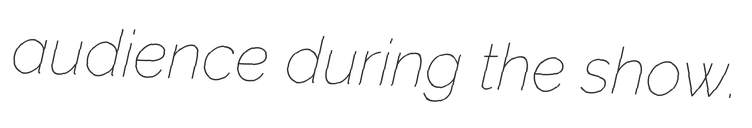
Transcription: audience during the show.